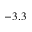
- 3 . 3